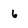
Character: 6